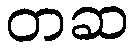
တဆ